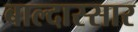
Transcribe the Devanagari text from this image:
बाल्दास्सार